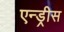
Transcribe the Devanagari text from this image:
एन्ड्रीस